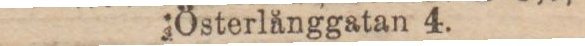
Österlånggatan 4.